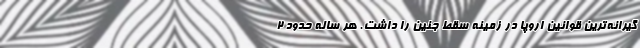
گیرانه‌ترین قوانین اروپا در زمینه سقط جنین را داشت. هر ساله حدود 2